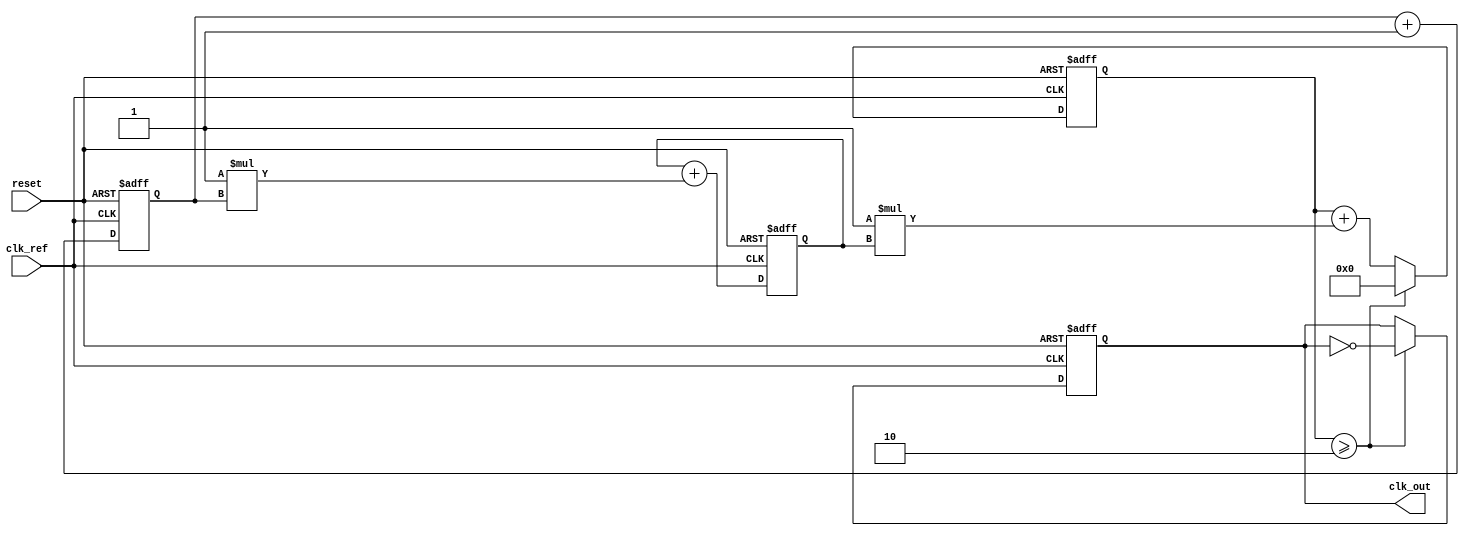
module type2_PLL(
    input wire clk_ref,         // Reference clock input
    input wire reset,           // Asynchronous reset
    output reg clk_out          // Output clock signal from VCO
);

// Parameters for simulation
parameter integer VCO_GAIN = 1;     // VCO gain
parameter integer LOOP_FILTER_GAIN = 1; // Loop filter gain
parameter integer FILTER_ORDER = 2;  // Order of the loop filter
parameter integer CLOCK_DIVIDER = 2; // Output frequency divider

// Internal signals
reg [7:0] phase_error;       // Phase error signal
reg [15:0] filtered_error;   // Filtered error signal
reg [15:0] vco_count;        // VCO counter for generating output clock
reg [7:0] vco_output_div;    // VCO output divider

// Phase Detector
always @(posedge clk_ref or posedge reset) begin
    if (reset) begin
        phase_error <= 0; // Reset phase error
    end else begin
        // Here you would compare the phase of the incoming reference clock with feedback
        // Simulating a simplified phase detection process
        // Example: phase_error = reference clock - feedback clock
        // This is a placeholder and needs actual implementation for specific application
        phase_error <= phase_error + 1; // Dummy logic to generate phase error
    end
end

// Loop Filter (Second-order filter)
always @(posedge clk_ref or posedge reset) begin
    if (reset) begin
        filtered_error <= 0; // Reset filtered error
    end else begin
        // Simple second-order filter implementation
        filtered_error <= filtered_error + (LOOP_FILTER_GAIN * phase_error);
    end
end

// Voltage-Controlled Oscillator (VCO)
always @(posedge clk_ref or posedge reset) begin
    if (reset) begin
        vco_count <= 0; // Reset VCO count
        clk_out <= 0;   // Reset output clock
    end else begin
        // Update VCO count based on filtered error and VCO gain
        vco_count <= vco_count + (VCO_GAIN * filtered_error);
        
        // Generate output clock based on VCO count (scaled down based on CLOCK_DIVIDER)
        if (vco_count >= CLOCK_DIVIDER) begin
            clk_out <= ~clk_out;  // Toggle the output clock
            vco_count <= 0;        // Reset VCO count
        end
    end
end

endmodule